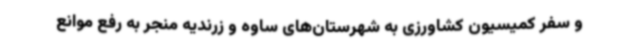
و سفر کمیسیون کشاورزی به شهرستان‌های ساوه و زرندیه منجر به رفع موانع